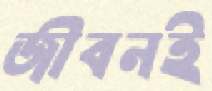
জীবনই